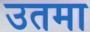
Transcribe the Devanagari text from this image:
उतमा